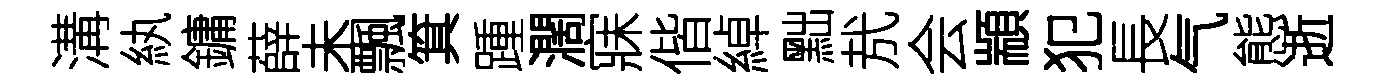
溝紈鏞薛未飄箕踵濶寐偕綽黜㢤会顓犯長气態逝